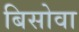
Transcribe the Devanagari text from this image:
बिसोवा